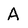
Character: A